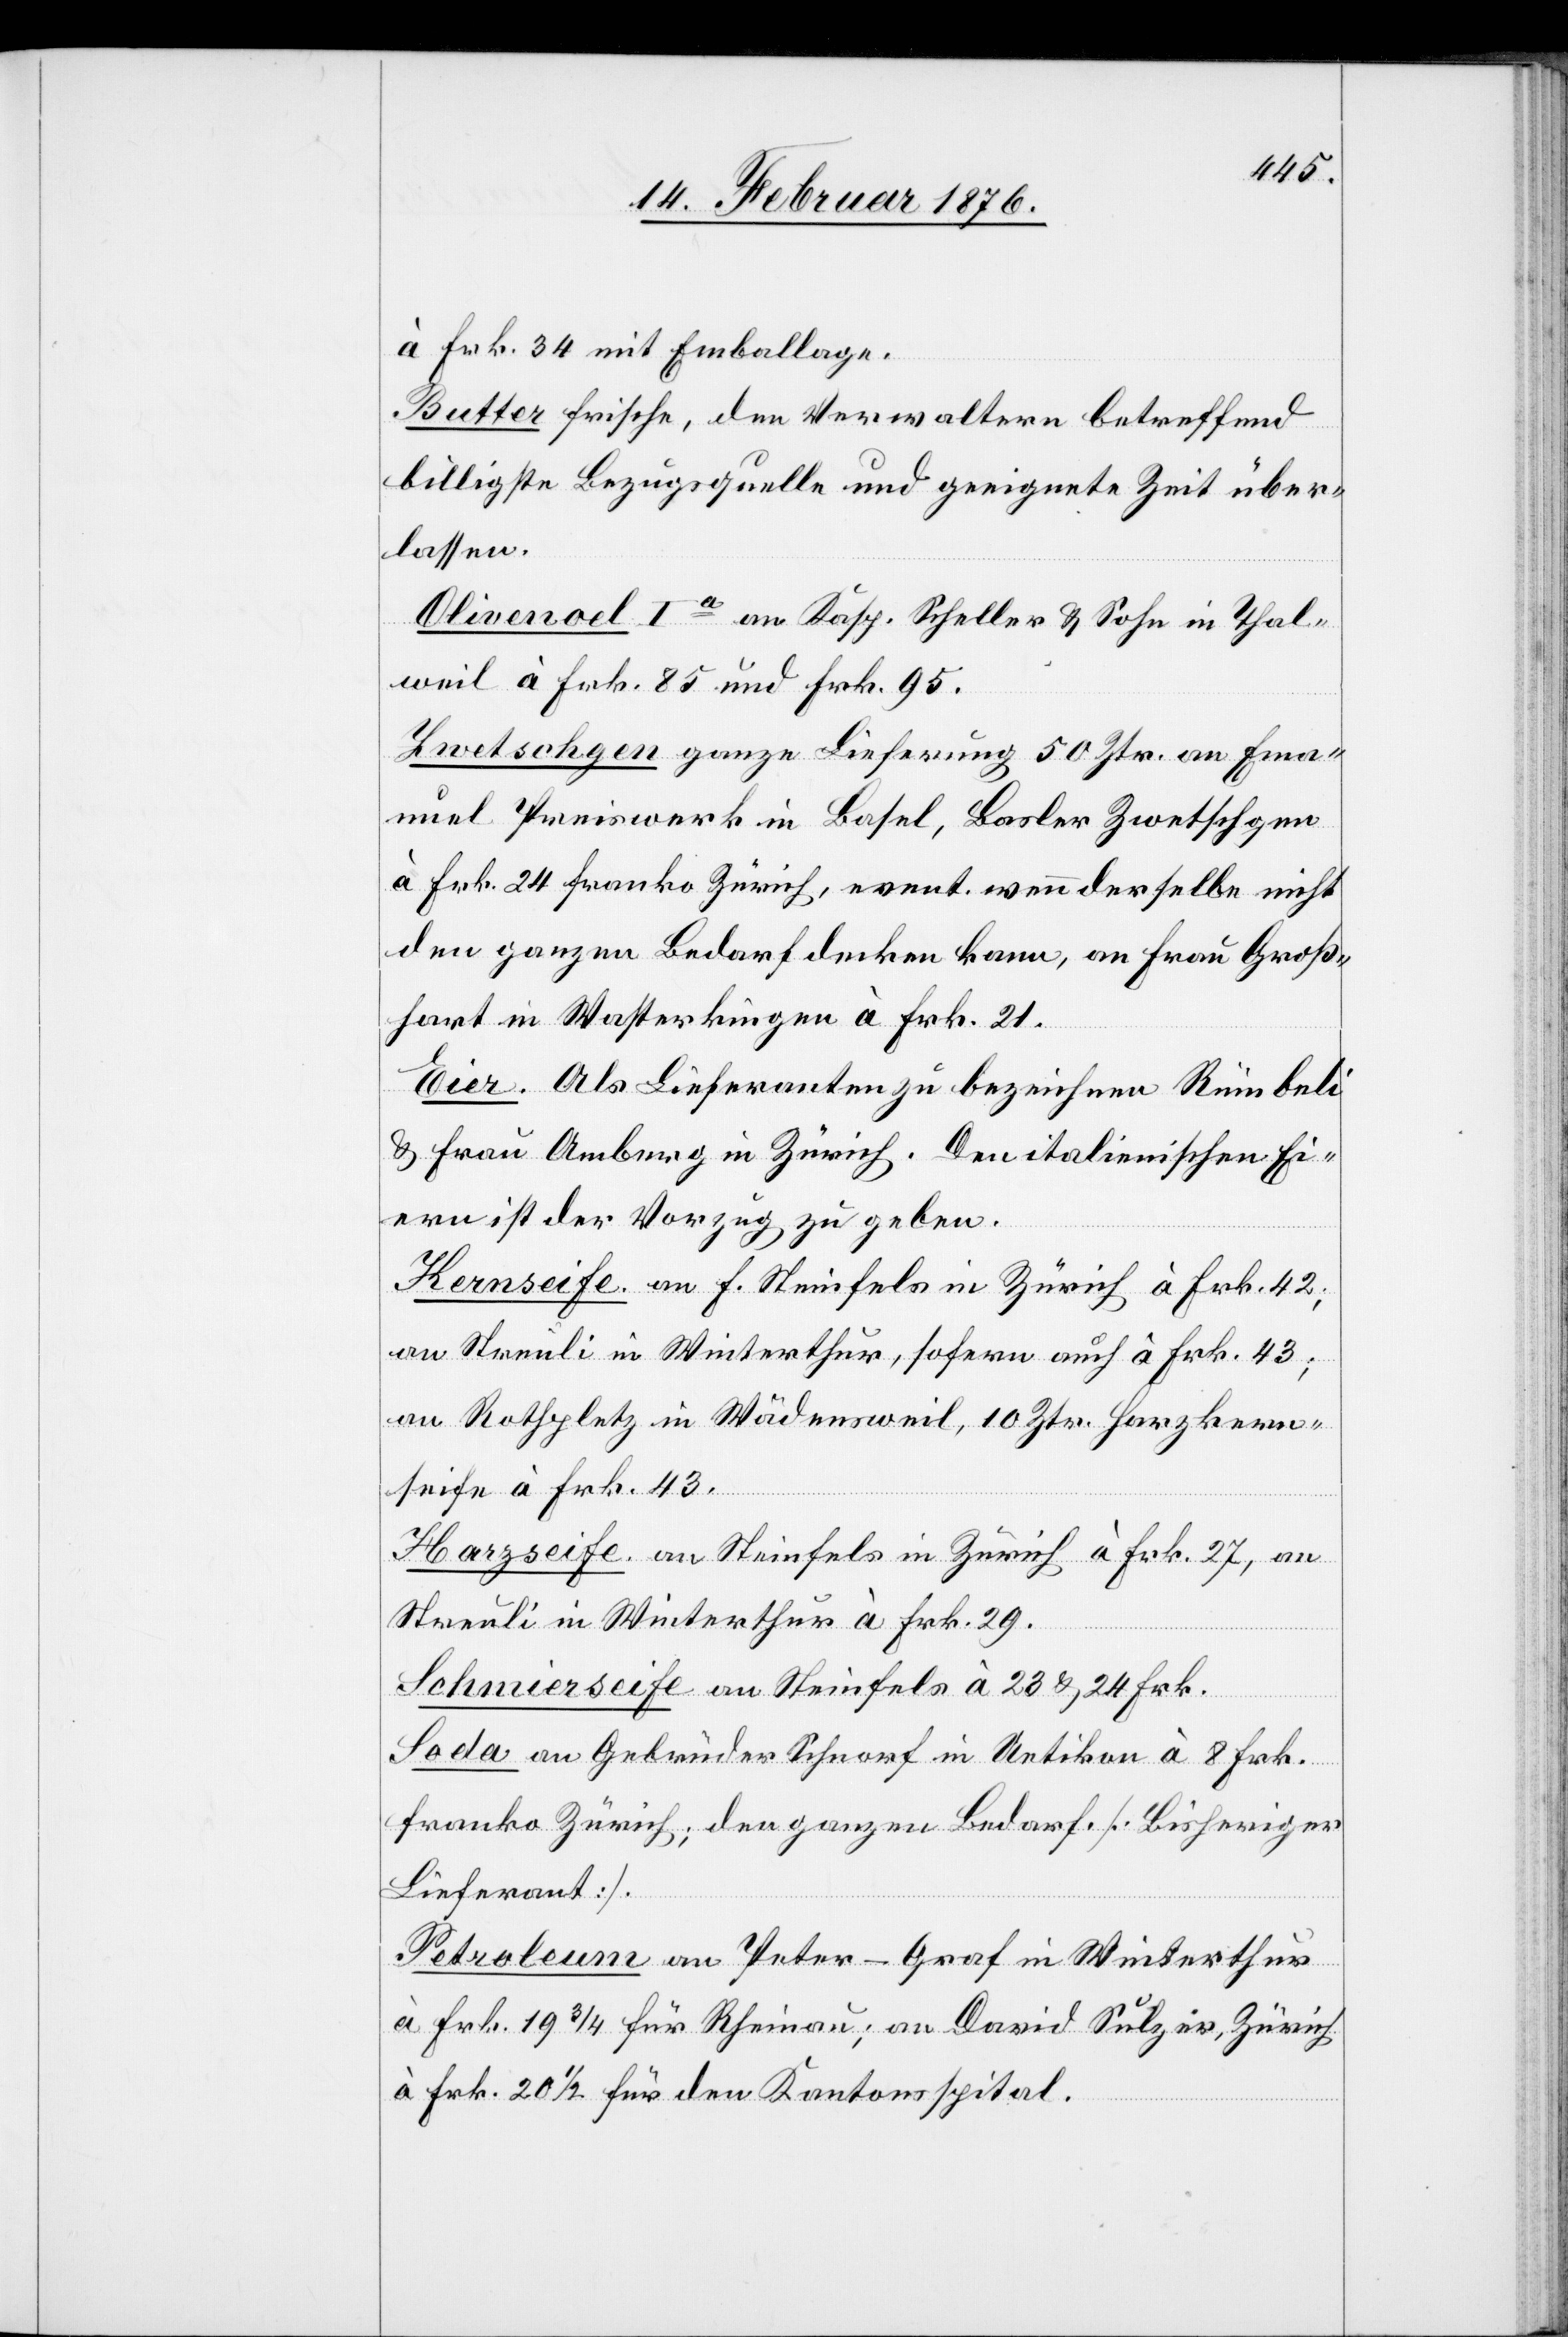
à Frk. 34 mit Emballage.
Butter frische, den Verwaltern betreffend
billigste Bezugsquelle und geeignete Zeit über¬
lassen.
Olivenoel Ia an Kasp. Scheller & Sohn in Thal¬
weil à Frk. 85 und Frk. 95.
Zwetschgen ganze Lieferung 50 Ztr. an Ema¬
nuel Preiswerk in Basel, Basler Zwetschgen
à Frk. 24 franko Zürich, event. wenn derselbe nicht
den ganzen Bedarf decken kann, an Frau Groß¬
hart in Wasterkingen à Frk 21.
Eier. Als Lieferanten zu bezeichnen Rümbeli
& Frau Amberg in Zürich. Den italienischen Ei¬
ern ist der Vorzug zu geben.
Kernseife. an F. Steinfels in Zürich à Frk. 42;
an Streuli in Winterthur, sofern auch à Frk. 43;
an Rothpletz in Wädensweil, 10 Ztr. Harzkern¬
seife à Frk. 43.
Harzseife. an Steinfels in Zürich à Frk. 27, an
Streuli in Winterthur à Frk. 29.
Schmierseife an Steinfels à 23 & 24 Frk.
Soda an Gebrüder Schnorf in Uetikon à 8 Frk.
franko Zürich; den ganzen Bedarf [Bisheriger
Lieferant]
Petroleum an Peter-Graf in Winterthur
à Frk. 19 3/4 für Rheinau; an David Sulzer, Zürich
à Frk. 20 1/2 für den Kantonsspital.